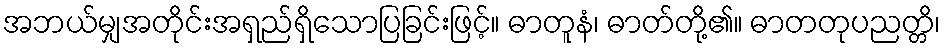
အဘယ်မျှအတိုင်းအရှည်ရှိသောပြခြင်းဖြင့်။ ဓာတူနံ၊ ဓာတ်တို့၏။ ဓာတတုပညတ္တိ၊